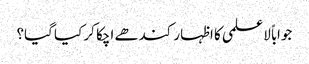
جواباً لاعلمی کا اظہار کندھے اچکا کر کیا گیا؟